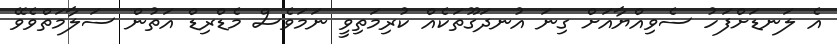
އެ ލަނޑަށްފަހު ސެވިއްޔާއަށް ގިނަ އުނދަގޫތަކެއް ކުރިމަތިވީ ނަމަވެސް މެޑްރިޑް އަތުން ސަލާމަތްވެވޭ